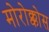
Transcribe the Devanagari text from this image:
मोरोक्कोस